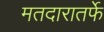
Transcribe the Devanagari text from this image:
मतदारातर्फे